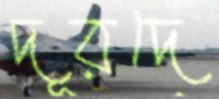
দূরদে